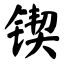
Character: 锲